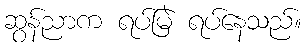
ဆွန်ညာက ရပ်မြဲ ရပ်နေသည်။